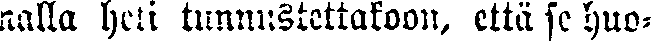
nalla heti tunnustettakoon, että se huo-